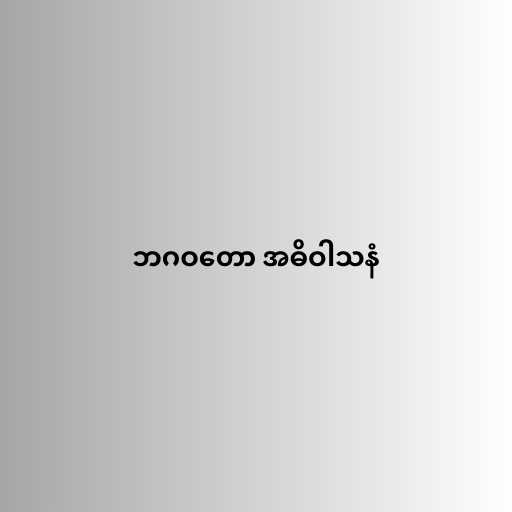
ဘဂဝတော အဓိဝါသနံ